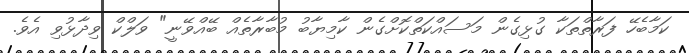
ކަމާބެހޭ ފަރާތްތަކާ ގުޅިގެން މަސައްކަތްކޮށްގެން ކާމިޔާބު މުބާރާތެއް ބޭއްވޭނީ" ވަލްކް ވިދާޅުވި އެވެ.